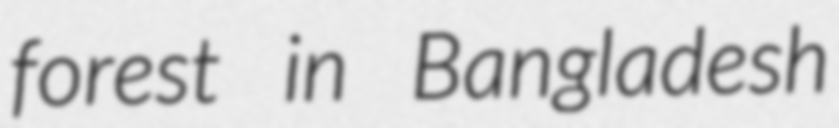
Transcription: forest in Bangladesh